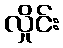
လှိုင်း